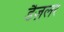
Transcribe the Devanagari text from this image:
डैज़लर